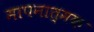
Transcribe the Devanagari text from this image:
मापनात्मक